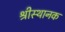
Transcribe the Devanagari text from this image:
श्रीस्थानक